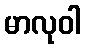
မာလုဝါ